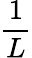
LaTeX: \frac{1}{L}